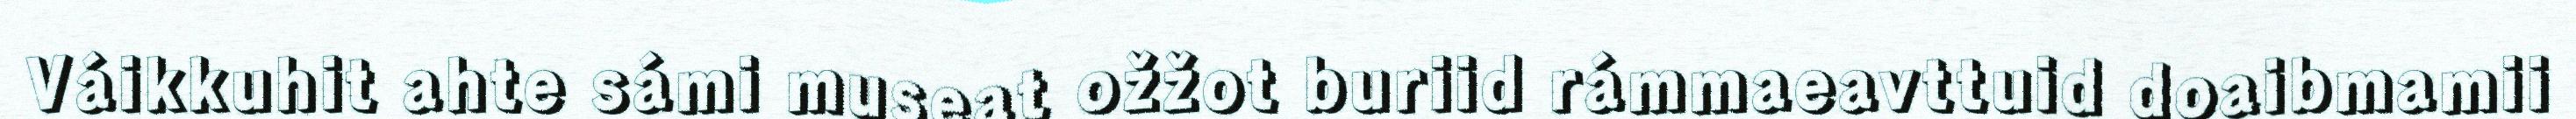
Váikkuhit ahte sámi museat ožžot buriid rámmaeavttuid doaibmamii